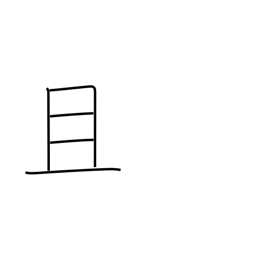
Meaning: moreover